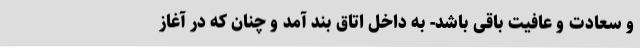
و سعادت و عافیت باقی باشد- به داخل اتاق بند آمد و چنان که در آغاز